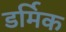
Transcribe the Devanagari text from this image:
डर्मिक